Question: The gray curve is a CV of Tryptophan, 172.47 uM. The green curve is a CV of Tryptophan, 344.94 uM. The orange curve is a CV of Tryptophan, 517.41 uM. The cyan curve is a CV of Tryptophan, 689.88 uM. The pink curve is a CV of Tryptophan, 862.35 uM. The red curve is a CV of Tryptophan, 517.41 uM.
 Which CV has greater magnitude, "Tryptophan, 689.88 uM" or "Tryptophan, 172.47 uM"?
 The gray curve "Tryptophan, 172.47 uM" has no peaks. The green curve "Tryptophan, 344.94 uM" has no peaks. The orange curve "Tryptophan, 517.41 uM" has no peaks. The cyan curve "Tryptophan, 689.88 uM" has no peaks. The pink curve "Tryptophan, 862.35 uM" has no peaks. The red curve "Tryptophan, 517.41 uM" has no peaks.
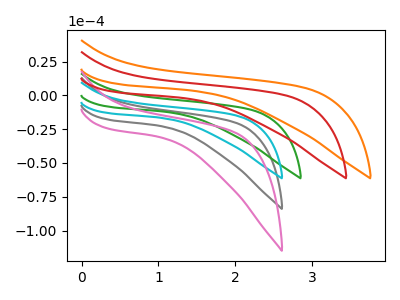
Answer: <think>Neither "Tryptophan, 689.88 uM" or "Tryptophan, 172.47 uM" have any peaks.
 </think>
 <answer>I cant tell if "Tryptophan, 689.88 uM" or "Tryptophan, 172.47 uM" has more signal.</answer>
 <eval>mixed_signal</eval>